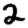
Digit: 2